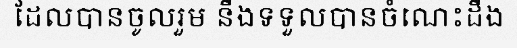
ដែលបានចូលរួម នឹងទទួលបានចំណេះដឹង